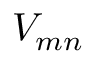
V _ { m n }